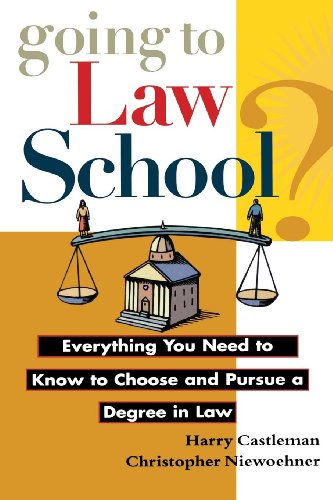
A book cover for Going to Law School: Everything You Need to Know to Choose and Pursue a Degree in Law; Harry Castleman; Education & Teaching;